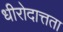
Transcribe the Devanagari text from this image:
धीरोदात्तता